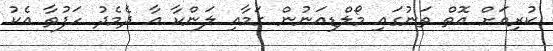
ކުރިއަށް އޮތް ތަނުގައި މޯލްޑިއަނުން ގަމާއި ލަންކާ އާ ދެމެދު ހަފުތާ އެކު